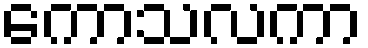
ကောသလကာ